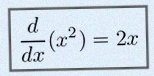
\frac{d}{dx}(x^2)=2x